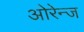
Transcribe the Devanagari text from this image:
ओरेन्ज